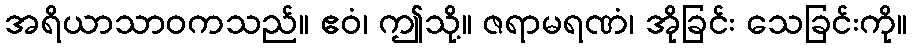
အရိယာသာဝကသည်။ ဧဝံ၊ ဤသို့။ ဇရာမရဏံ၊ အိုခြင်း သေခြင်းကို။